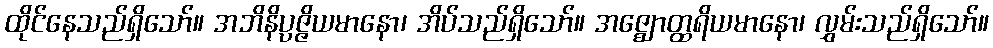
ထိုင်နေသည်ရှိသော်။ အဘိနိပ္ပဇ္ဇိယမာနော၊ အိပ်သည်ရှိသော်။ အဇ္ဈောတ္ထရိယမာနော၊ လွှမ်းသည်ရှိသော်။